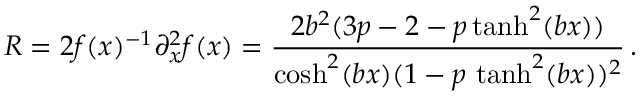
R = 2 f ( x ) ^ { - 1 } \partial _ { x } ^ { 2 } f ( x ) = \frac { 2 b ^ { 2 } ( 3 p - 2 - p \operatorname { t a n h } ^ { 2 } ( b x ) ) } { \cosh ^ { 2 } ( b x ) ( 1 - p \, \operatorname { t a n h } ^ { 2 } ( b x ) ) ^ { 2 } } \, .